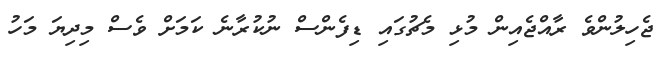
ޖެހިލުންވެ ރާއްޖެއިން މުޅި މެޗުގައި ޑިފެންސް ނުކުރާނެ ކަމަށް ވެސް މިދިޔަ މަހު